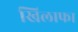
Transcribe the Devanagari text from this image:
खिलाफा